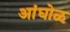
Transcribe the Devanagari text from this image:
अांघोळ